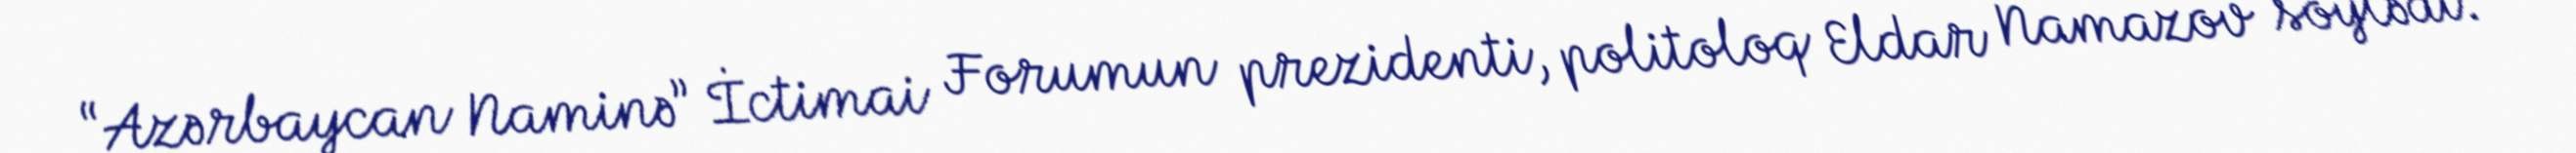
“Azərbaycan Naminə” İctimai Forumun prezidenti, politoloq Eldar Namazov söylədi.